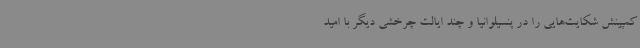
کمپینش شکایت‌هایی را در پنسیلوانیا و چند ایالت چرخشی دیگر با امید